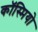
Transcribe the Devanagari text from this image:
कॉस्मियो